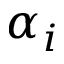
\alpha _ { i }